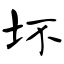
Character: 坏